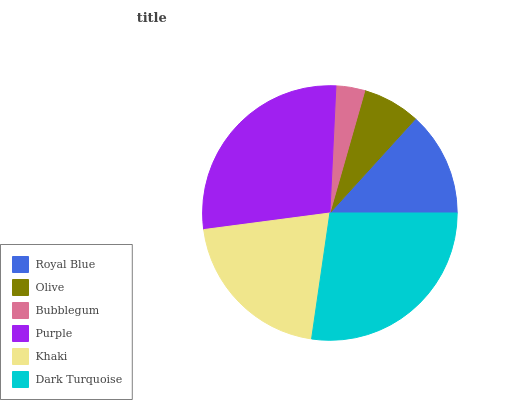
| Royal Blue | Olive | Bubblegum | Purple | Khaki | Dark Turquoise |
 | --- | --- | --- | --- | --- | --- |
 | 13.3% | 7.31% | 3.68% | 27.9% | 20.7% | 27.2% |